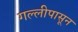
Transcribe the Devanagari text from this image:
गल्लीपासून